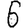
Digit: 6